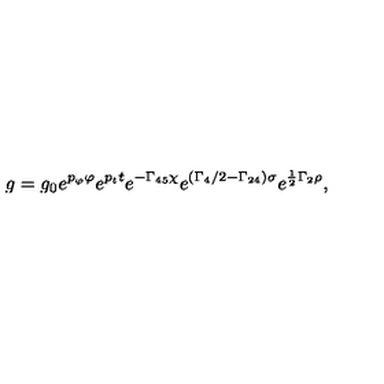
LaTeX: \displaystyle { g = g _ { 0 } e ^ { p _ { \varphi } \varphi } e ^ { p _ { t } t } e ^ { - \Gamma _ { 4 5 } \chi } e ^ { ( \Gamma _ { 4 } / 2 - \Gamma _ { 2 4 } ) \sigma } e ^ { \frac { 1 } { 2 } \Gamma _ { 2 } \rho } } ,